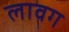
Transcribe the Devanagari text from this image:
लावग